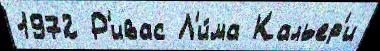
1972 Р'ивас Л'и́ма Кальер'и